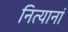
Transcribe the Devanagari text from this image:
नित्यानां